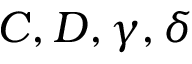
C , D , \gamma , \delta